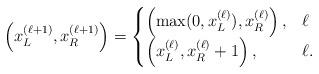
LaTeX: \begin{align*}\left( x_L^{(\ell+1)}, x_R^{(\ell+1)} \right) = \begin{cases} \left( \max (0, x_L^{(\ell)}), x_R^{(\ell)} \right), & \ell \\ \left( x_L^{(\ell)}, x_R^{(\ell)}+1 \right), & \ell . \end{cases}\end{align*}